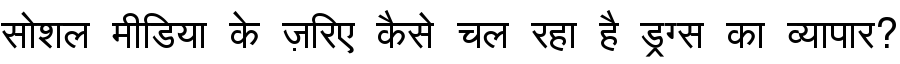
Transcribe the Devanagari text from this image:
सोशल मीडिया के ज़रिए कैसे चल रहा है ड्रग्स का व्यापार?